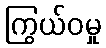
ကြွယ်ဝမှု